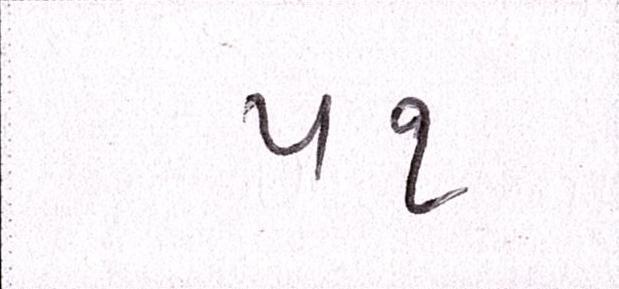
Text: ૫૧